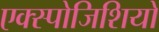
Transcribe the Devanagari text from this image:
एक्स्पोजिशियो